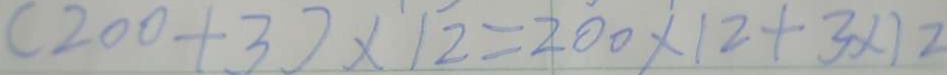
( 2 0 0 + 3 ) \times 1 2 = 2 0 0 \times 1 2 + 3 \times 1 2